Report on vaccination in Madras 1895-1903 - 1895-1903
Year: 1895
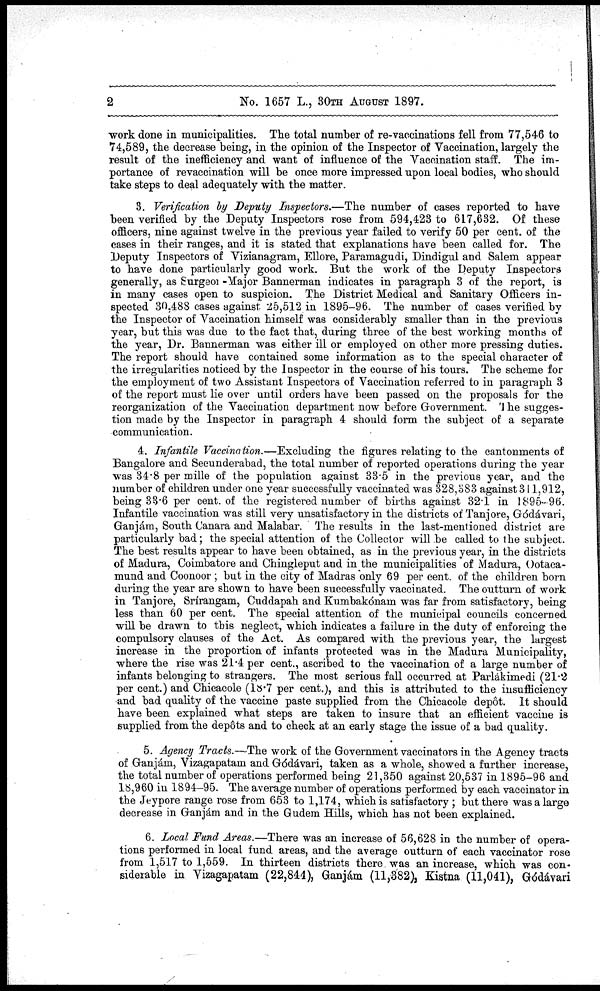
2
No. 1657 L., 30TH AUGUST 1897.
work done in municipalities. The total number of re-vaccinations fell from 77,546 to
74,589, the decrease being, in the opinion of the Inspector of Vaccination, largely the
result of the inefficiency and want of influence of the Vaccination staff. The im-
portance of revaccination will be once more impressed upon local bodies, who should
take steps to deal adequately with the matter.
3. Verification by Deputy Inspectors.—The number of cases reported to have
been verified by the Deputy Inspectors rose from 594,423 to 617,632. Of these
officers, nine against twelve in the previous year failed to verify 50 per cent. of the
cases in their ranges, and it is stated that explanations have been called for. The
Deputy Inspectors of Vizianagram, Ellore, Paramagudi, Dindigul and Salem appear
to have done particularly good work. But the work of the Deputy Inspectors
generally, as Surgeon -Major Bannerman indicates in paragraph 3 of the report, is
in many cases open to suspicion. The District Medical and Sanitary Officers in-
spected 30,488 cases against 25,512 in 1895-96. The number of cases verified by
the Inspector of Vaccination himself was considerably smaller than in the previous
year, but this was due to the fact that, during three of the best working months of
the year, Dr. Bannerman was either ill or employed on other more pressing duties.
The report should have contained some information as to the special character of
the irregularities noticed by the Inspector in the course of his tours. The scheme for
the employment of two Assistant Inspectors of Vaccination referred to in paragraph 3
of the report must lie over until orders have been passed on the proposals for the
reorganization of the Vaccination department now before Government. The sugges-
tion made by the Inspector in paragraph 4 should form the subject of a separate
communication.
4. Infantile Vaccination.—Excluding the figures relating to the cantonments of
Bangalore and Secunderabad, the total number of reported operations during the year
was 34.8 per mille of the population against 33.5 in the previous year, and the
number of children under one year successfully vaccinated was 328,383 against 311,912,
being 33.6 per cent. of the registered number of births against 32.1 in 1895-96.
Infantile vaccination was still very unsatisfactory in the districts of Tanjore, Gódávari,
Granjám, South Canara and Malabar. The results in the last-mentioned district are
particularly bad; the special attention of the Collector will be called to the subject.
The best results appear to have been obtained, as in the previous year, in the districts
of Madura, Coimbatore and Chingleput and in the municipalities of Madura, Ootaca¬
mund and Coonoor ; but in the city of Madras only 69 per cent. of the children born
during the year are shown to have been successfully vaccinated. The outturn of work
in Tanjore, Srírangam, Cuddapah and Kumbakónam was far from satisfactory, being
less than 60 per cent. The special attention of the municipal councils concerned
will be drawn to this neglect, which indicates a failure in the duty of enforcing the
compulsory clauses of the Act. As compared with the previous year, the largest
increase in the proportion of infants protected was in the Madura Municipality,
where the rise was 21.4 per cent., ascribed to the vaccination of a large number of
infants belonging to strangers. The most serious fall occurred at Parlákimedi (21.2
per cent.) and Chicacole (18.7 per cent.), and this is attributed to the insufficiency
and bad quality of the vaccine paste supplied from the Chicacole depôt. It should
have been explained what steps are taken to insure that an efficient vaccine is
supplied from the depôts and to check at an early stage the issue of a bad quality.
5. Agency Tracts.—The work of the Government vaccinators in the Agency tracts
of Ganjám, Vizagapatam and Gódávari, taken as a whole, showed a further increase,
the total number of operations performed being 21,350 against 20,537 in 1895-96 and
18,960 in 1894-95. The average number of operations performed by each vaccinator in
the Jeypore range rose from 653 to 1,174, which is satisfactory ; but there was a large
decrease in Ganjám and in the Gudem Hills, which has not been explained.
6. Local Fund Areas.—There was an increase of 56,628 in the number of opera-
tions performed in local fund areas, and the average outturn of each vaccinator rose
from 1,517 to 1,559. In thirteen districts there was an increase, which was con-
siderable in Vizagapatam (22,844), Ganjám (11,382), Kistna (11,041), Gódávari